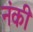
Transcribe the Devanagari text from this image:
नंकी